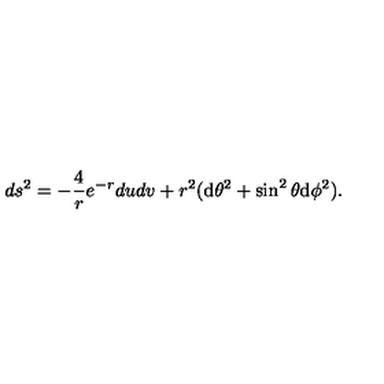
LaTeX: d s ^ { 2 } = - { \frac { 4 } { r } } e ^ { - r } d u d v + r ^ { 2 } ( \mathrm { d } \theta ^ { 2 } + \sin ^ { 2 } \theta \mathrm { d } \phi ^ { 2 } ) .